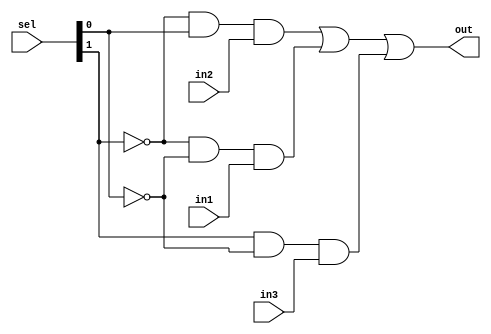
module mux3to1_1bit (in1,in2,in3,sel,out);
input in1,in2,in3;
input [1:0] sel;
output out;
wire not_sel1,not_sel0,a1,a2,a3,a4;
not (not_sel1,sel[1]);
not (not_sel0,sel[0]);
and (a1,not_sel1,sel[0],in2);
and (a3,sel[1],not_sel0,in3);
and (a4,sel[1],sel[0],1'b0);
and (a2,not_sel1,not_sel0,in1);
or(out,a1,a2,a3,a4);


endmodule